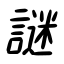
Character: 謎